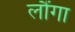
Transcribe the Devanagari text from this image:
लौंगा